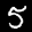
Label: 5